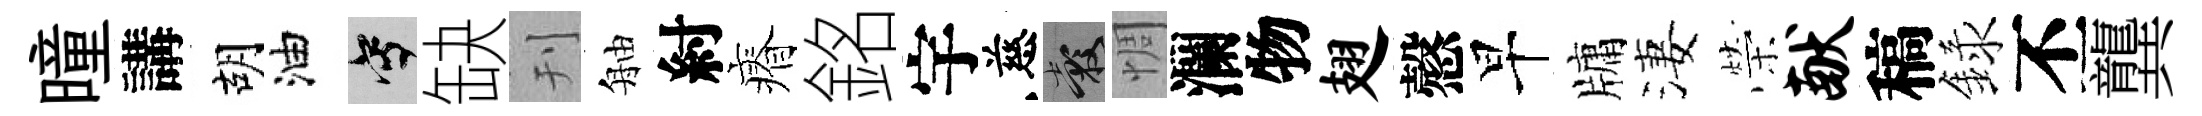
曈講胡油寫缺刊舳紂瘠銘宇慈穀惆瀾物翅慤早牗淒榮献稿録丕龔